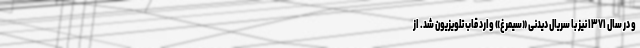
و در سال ۱۳۷۱ نیز با سریال دیدنی «سیمرغ» وارد قاب تلویزیون شد. از